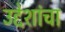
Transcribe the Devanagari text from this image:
उद्देशांचा